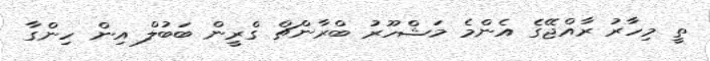
ތީ މިހާރު ރާއްޖޭގެ އެންމެ މަޝްހޫރު ބްރާންޗް ގްރީން ބަބުލް އިން ހިންގާ